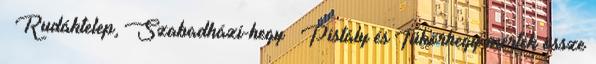
– Rudáktelep, Szabadházi-hegy – Pistály és Tükörhegy mérték össze